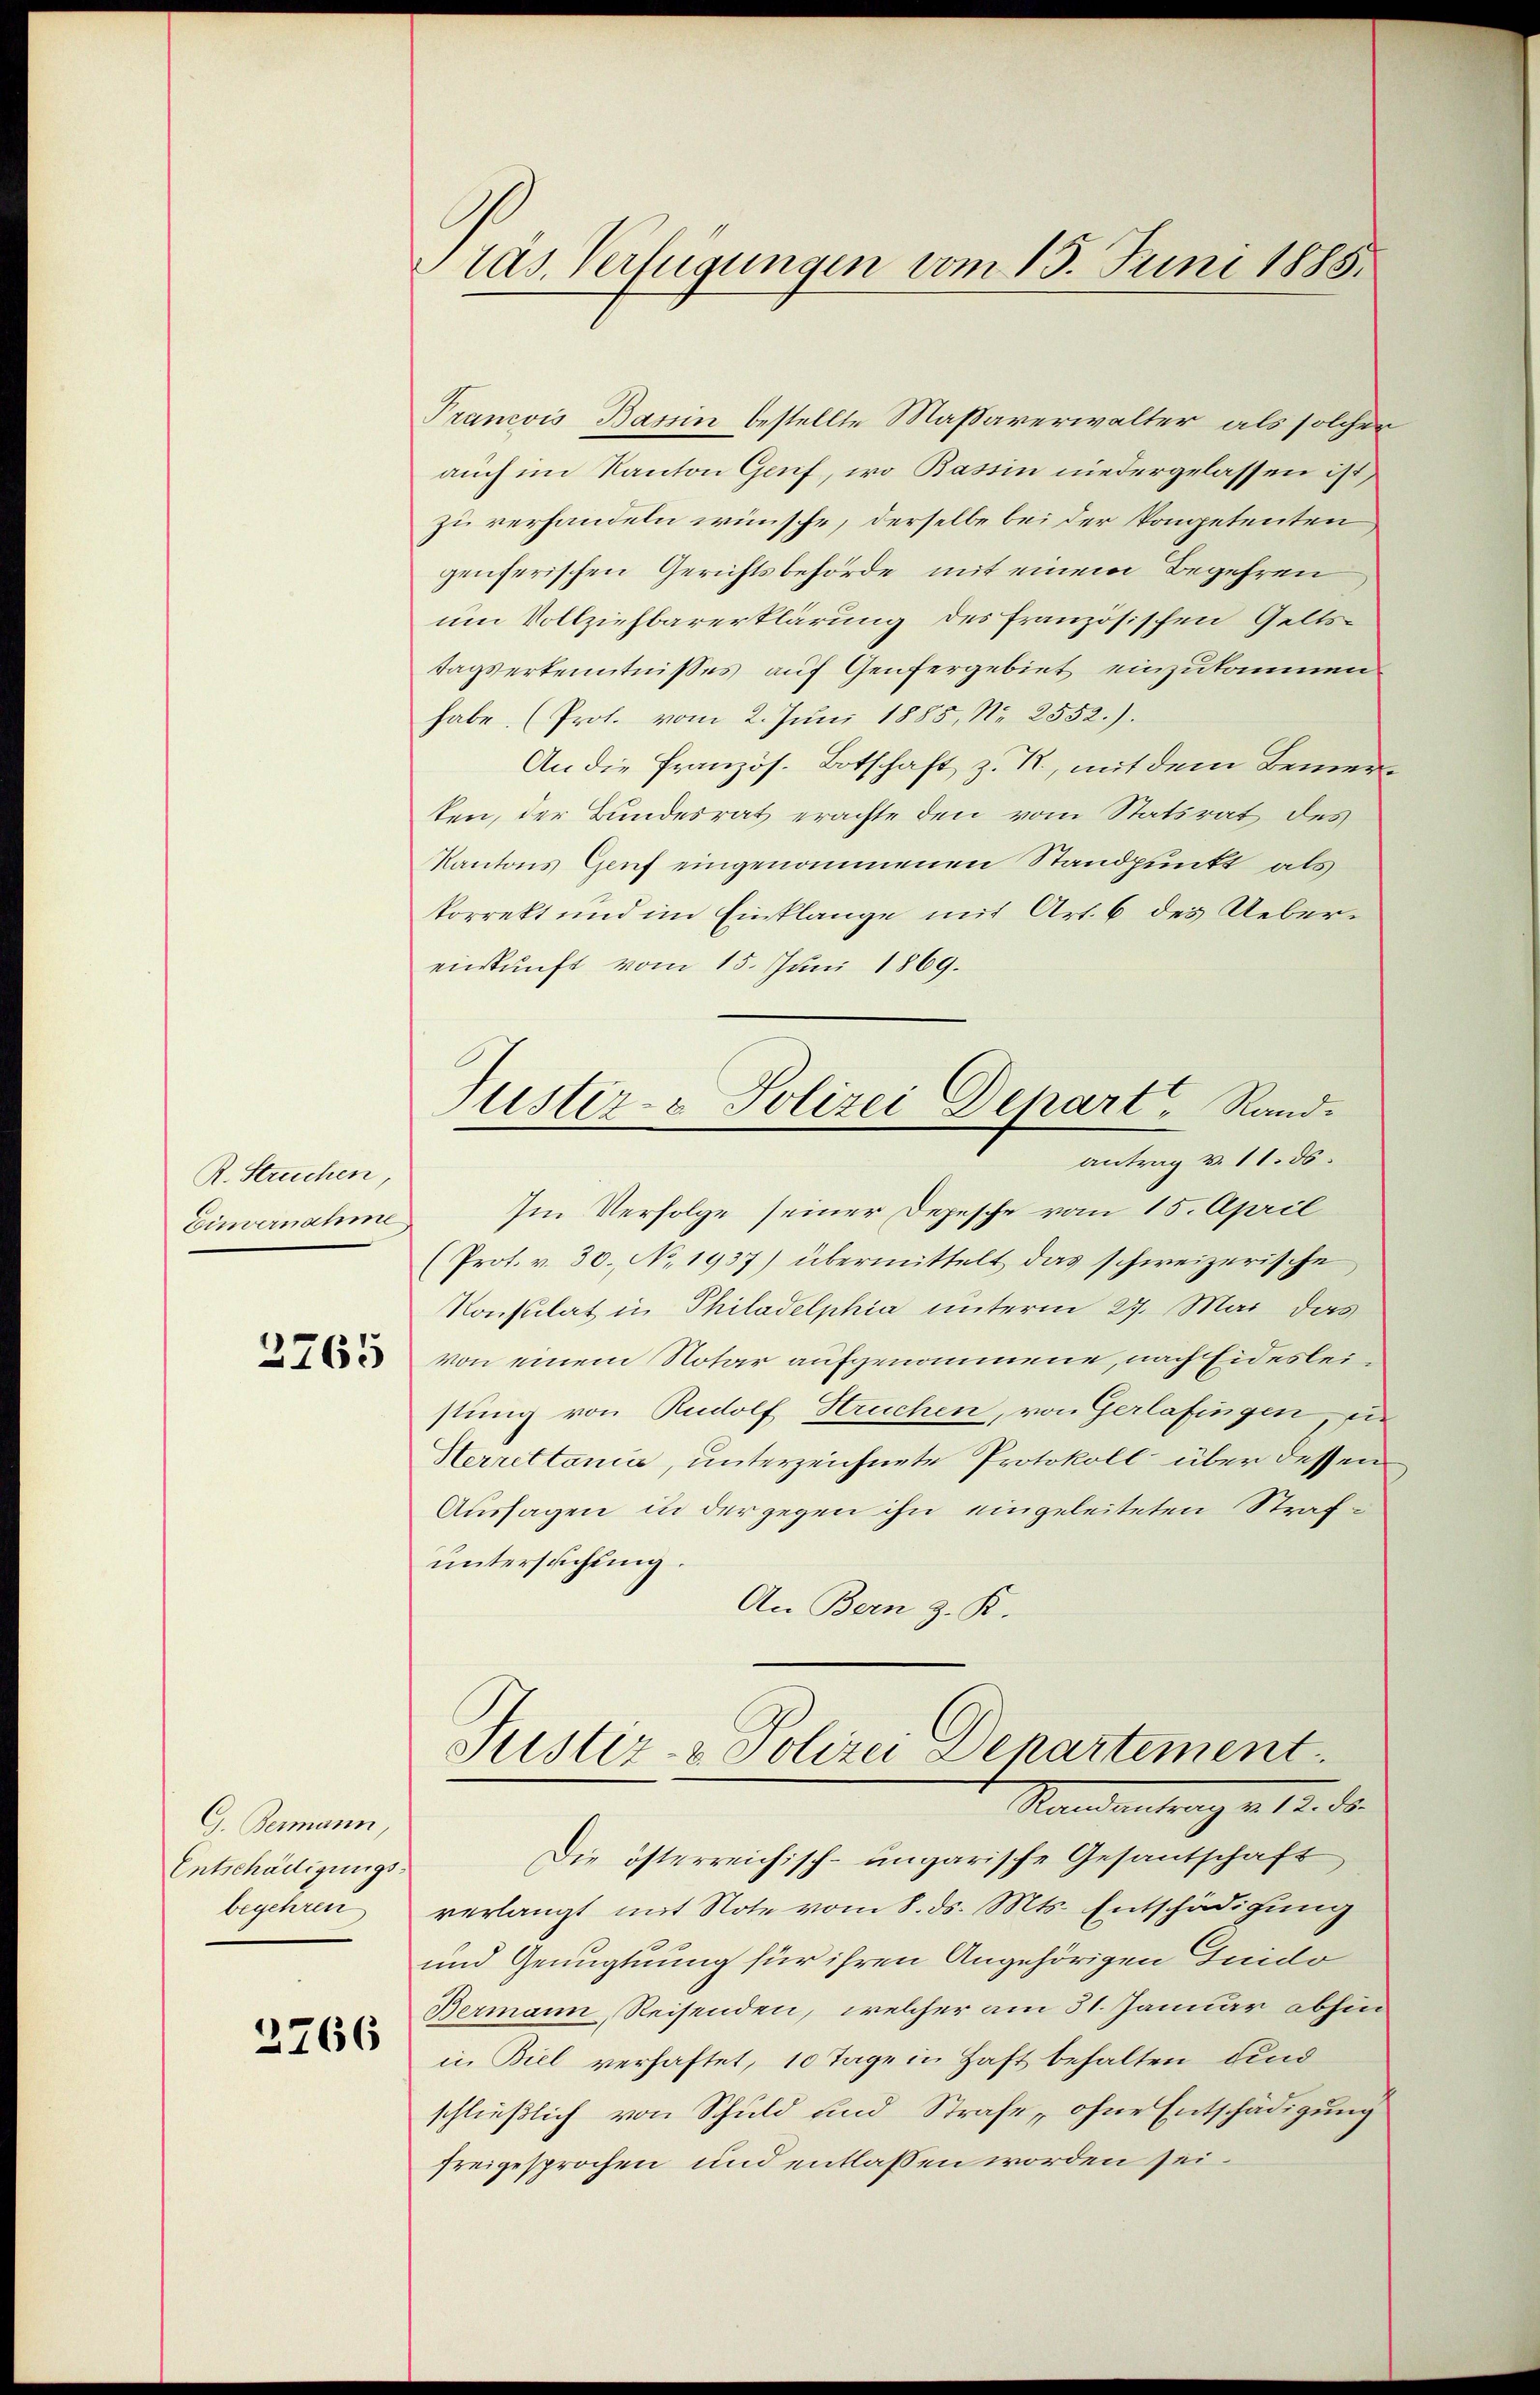
R. Struchen,
Einvernahme

2765

G. Bermann,
Entschädigungsbegehren

2766

Pas. Verfügungen vom 15. Juni 1885.

Prancois Bassin bestellte Massaverwalter als solchen
auch im Kanton Genf, wo Bassin niedergelassen ist,
zu verhandeln wünsche, derselbe bei der Pompetenten
genferischen Gerichtsbehörde mit einem Begehren
um Vollziehbarerklärung des französischen Geltstagserkenntnisses auf Genfergebiet einzukommen
habe. (Prot. vom 2. Juni 1885, No 2552.).
An die Französ. Botschaft z. R., mit dem Bemerten, der Bundesrat erachte den vom Statsrat des
Kantons Genf eingenommenen Standpunkt als
korrekt und im Einklange mit Art. 6 des Uebereinkunft vom 15. Juni 1869.
Im Verfolge seiner Depesche vom 15. April
(Prot. v. 30. No. 1937) übermittelt das schweizerische
Konsulat in Philadelphia unterm 27. Mai das
von einem Notar aufgenommene, nach Eidesleistung von Rudolf Hruchen, von Gerlafingen, ei
Herrettania, unterzeichnete Protokoll über dessen
Aussagen in der gegen ihn eingeleiteten Strafuntersuchung.
An Bern z. R.
Justiz- & Polizei Departement.
Mandantrag v. 17. d.
Die österreichisch-ungarische Gesantschaft
verlangt mit Note vom 8. ds. Mts. Entschädigung
und Genugtuung für ihren Angehörigen Guido
Bermann, Reisenden, welcher am 31. Januar abhin
in Biel verhaftet, 10 Tage in Haft behalten und
schließlich von Schuld und Strafe, ohne Entschädigung
freigesprochen und entlassen worden sei.

Justiz- & Polizei Depart, Randantrag v. 11. ds.